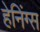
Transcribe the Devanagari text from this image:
हेनिंग्स